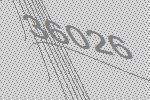
36026